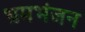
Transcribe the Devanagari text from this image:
भ्रमभंजन